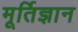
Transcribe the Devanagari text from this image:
मूर्तिज्ञान